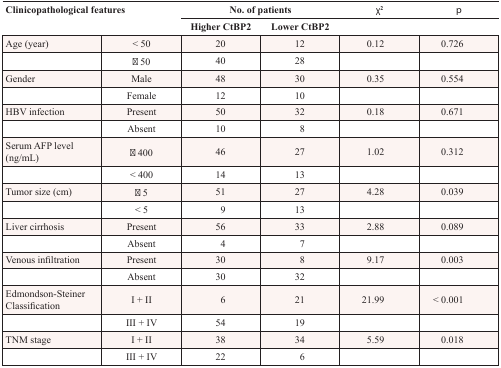
<table><thead><tr><td rowspan="2" colspan="2"><b>Clinicopathological features</b></td><td colspan="2"><b>No. of patients</b></td><td><b>χ<sup>2</sup></b></td><td><b><i>p</i></b></td></tr><tr><td><b>Higher CtBP2</b></td><td><b>Lower CtBP2</b></td><td></td><td></td></tr></thead><tbody><tr><td>Age (year)</td><td>&lt; 50</td><td>20</td><td>12</td><td>0.12</td><td>0.726</td></tr><tr><td></td><td>≧ 50</td><td>40</td><td>28</td><td></td><td></td></tr><tr><td>Gender</td><td>Male</td><td>48</td><td>30</td><td>0.35</td><td>0.554</td></tr><tr><td></td><td>Female</td><td>12</td><td>10</td><td></td><td></td></tr><tr><td>HBV infection</td><td>Present</td><td>50</td><td>32</td><td>0.18</td><td>0.671</td></tr><tr><td></td><td>Absent</td><td>10</td><td>8</td><td></td><td></td></tr><tr><td>Serum AFP level (ng/mL)</td><td>≧ 400</td><td>46</td><td>27</td><td>1.02</td><td>0.312</td></tr><tr><td></td><td>&lt; 400</td><td>14</td><td>13</td><td></td><td></td></tr><tr><td>Tumor size (cm)</td><td>≧ 5</td><td>51</td><td>27</td><td>4.28</td><td>0.039</td></tr><tr><td></td><td>&lt; 5</td><td>9</td><td>13</td><td></td><td></td></tr><tr><td>Liver cirrhosis</td><td>Present</td><td>56</td><td>33</td><td>2.88</td><td>0.089</td></tr><tr><td></td><td>Absent</td><td>4</td><td>7</td><td></td><td></td></tr><tr><td>Venous infiltration</td><td>Present</td><td>30</td><td>8</td><td>9.17</td><td>0.003</td></tr><tr><td></td><td>Absent</td><td>30</td><td>32</td><td></td><td></td></tr><tr><td>Edmondson-Steiner Classification</td><td>I + II</td><td>6</td><td>21</td><td>21.99</td><td>&lt; 0.001</td></tr><tr><td></td><td>III + IV</td><td>54</td><td>19</td><td></td><td></td></tr><tr><td>TNM stage</td><td>I + II</td><td>38</td><td>34</td><td>5.59</td><td>0.018</td></tr><tr><td></td><td>III + IV</td><td>22</td><td>6</td><td></td><td></td></tr></tbody></table>